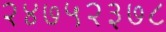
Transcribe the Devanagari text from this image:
२४७५२३७८